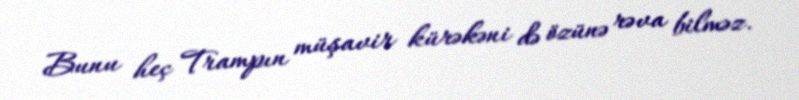
Bunu heç Trampın müşavir kürəkəni də özünə rəva bilməz.